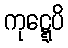
ကုဋ္ဋေပိ